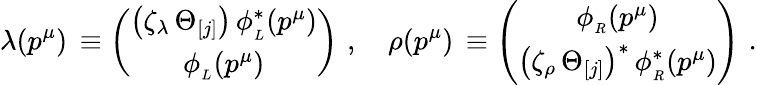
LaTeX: \lambda(p^{\mu})\, \equiv\left(\begin{array}{c}{{\left(\zeta_{\lambda}\, \Theta_{[j]}\right)\, \phi_{_L}^{\ast}(p^{\mu})}}\\ {{\phi_{_L}(p^{\mu})}}\end{array}\right)\, \, ,\quad\rho(p^{\mu})\, \equiv\left(\begin{array}{c}{{\phi_{_R}(p^{\mu})}}\\ {{\left(\zeta_{\rho}\, \Theta_{[j]}\right)^{\ast}\, \phi_{_R}^{\ast}(p^{\mu})}}\end{array}\right)\, \, .